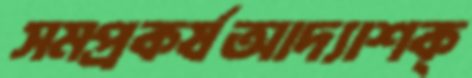
সমপ্রকর্ষআদ্যাশক্